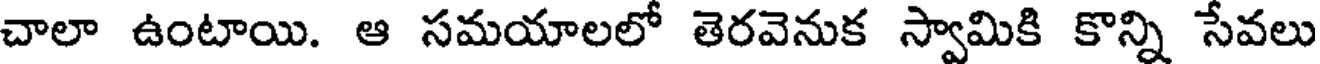
చాలా ఉంటాయి. ఆ సమయాలలో తెరవెనుక స్వామికి కొన్ని సేవలు